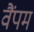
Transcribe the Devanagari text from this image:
वैंपम